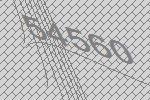
54560